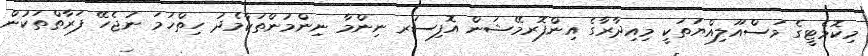
މިކޮމެޓީގެ މަސްއޫލިއްޔަތަކީ މިއިދާރާގެ އިންފޮރމޭޝަން އޮފިސަރ ނިންމާ ނިންމުންތަކާމެދު ހިތްހަމަ ނުޖެހޭ ފަރާތްތަކުން